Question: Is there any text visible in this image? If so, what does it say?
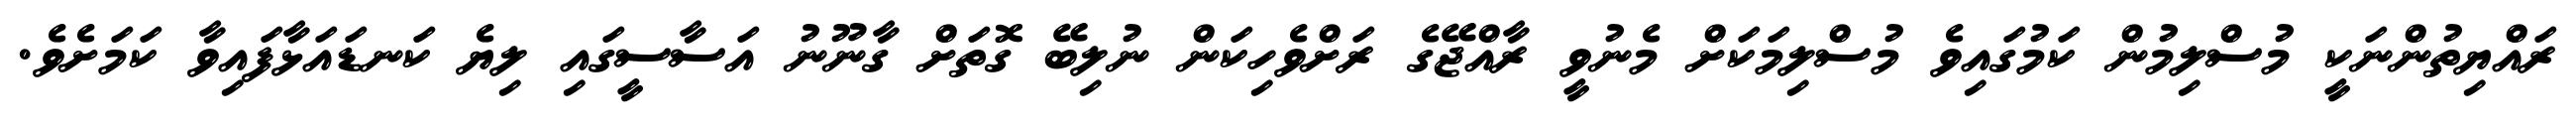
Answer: ރައްޔިތުންނަކީ މުސްލިމުން ކަމުގައިވެ މުސްލިމަކަށް މެނުވީ ރާއްޖޭގެ ރަށްވެހިކަން ނުލިބޭ ގޮތަށް ގާނޫނު އަސާސީގައި ލިޔެ ކަނޑައަޅާފައިވާ ކަމަށެވެ.